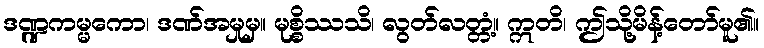
ဒဏ္ဍကမ္မကော၊ ဒဏ်အမှုမှ။ မုစ္စိဿသိ၊ လွတ်လတ္တံ့။ ဣတိ၊ ဤသို့မိန့်တော်မူ၏။